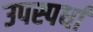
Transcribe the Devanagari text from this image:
उपस्पर्धा